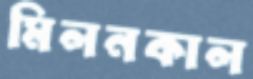
মিলনকাল